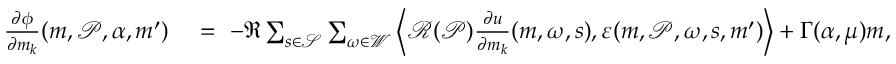
\begin{array} { r l } { \frac { \partial \phi } { \partial m _ { k } } ( \boldsymbol { m } , \mathcal { P } , \alpha , \boldsymbol { m } ^ { \prime } ) \ } & { = \ - \Re \sum _ { s \in \mathcal { S } } \sum _ { \omega \in \mathcal { W } } \left\langle \mathcal { R } ( \mathcal { P } ) \frac { \partial u } { \partial m _ { k } } ( \boldsymbol { m } , \omega , s ) , \boldsymbol { \varepsilon } ( \boldsymbol { m } , \mathcal { P } , \omega , s , \boldsymbol { m } ^ { \prime } ) \right\rangle + \Gamma ( \alpha , \mu ) \boldsymbol { m } , } \end{array}